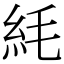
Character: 䋃